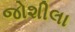
જોશીલા